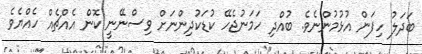
ބަދަލު ހިފަން އުޅުމުންނެވެ. ބުއްދި ހަމަނުޖެހޭ ކުޑަކުދިންނަށް ވިސްނޭނީ ކޮން އެއްޗެއް ހެއްޔެވެ